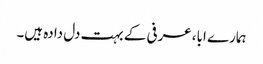
ہمارے ابا، عرفی کے بہت دل دادہ ہیں۔